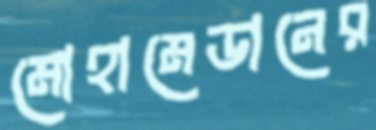
মোহামেডানের